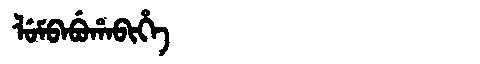
Manchu: ᠯᡠᠮᠪᠠᠪᡠᡥᠠᠪᡳᡥᡝ
Romanization: LUMBABUHABIHE